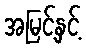
အမြင့်နှင့်